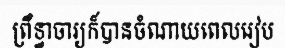
ព្រឹទ្ធាចារ្យក៏បានចំណាយពេលរៀប